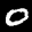
Label: 0